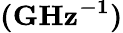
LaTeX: \boldsymbol{(\mathrm{{GHz^{-1}})}}